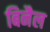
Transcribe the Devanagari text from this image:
बिनैल